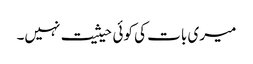
میری بات کی کوئی حیثیت نہیں۔